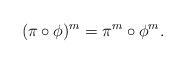
LaTeX: \begin{align*}(\pi\circ\phi)^m=\pi^m\circ\phi^m.\end{align*}